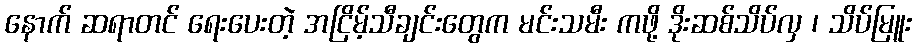
နောက် ဆရာတင် ရေးပေးတဲ့ အငြိမ့်သီချင်းတွေက မင်းသမီး ကဖို့ ဒိုးဆစ်သိပ်လှ ၊ သိပ်မြူး